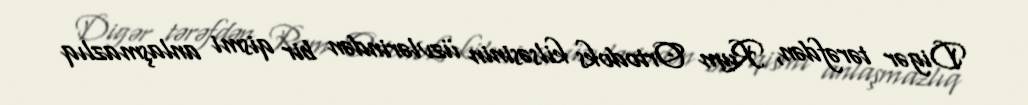
Digər tərəfdən, Rum Ortodoks kilsəsinin üzvlərindən bir qismi anlaşmazlıq